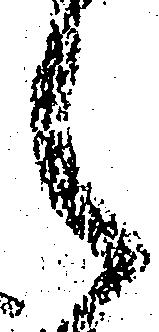
之